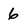
Character: 6